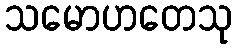
သမောဟတေသု